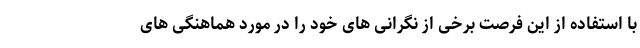
با استفاده از این فرصت برخی از نگرانی های خود را در مورد هماهنگی های